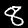
Digit: 8